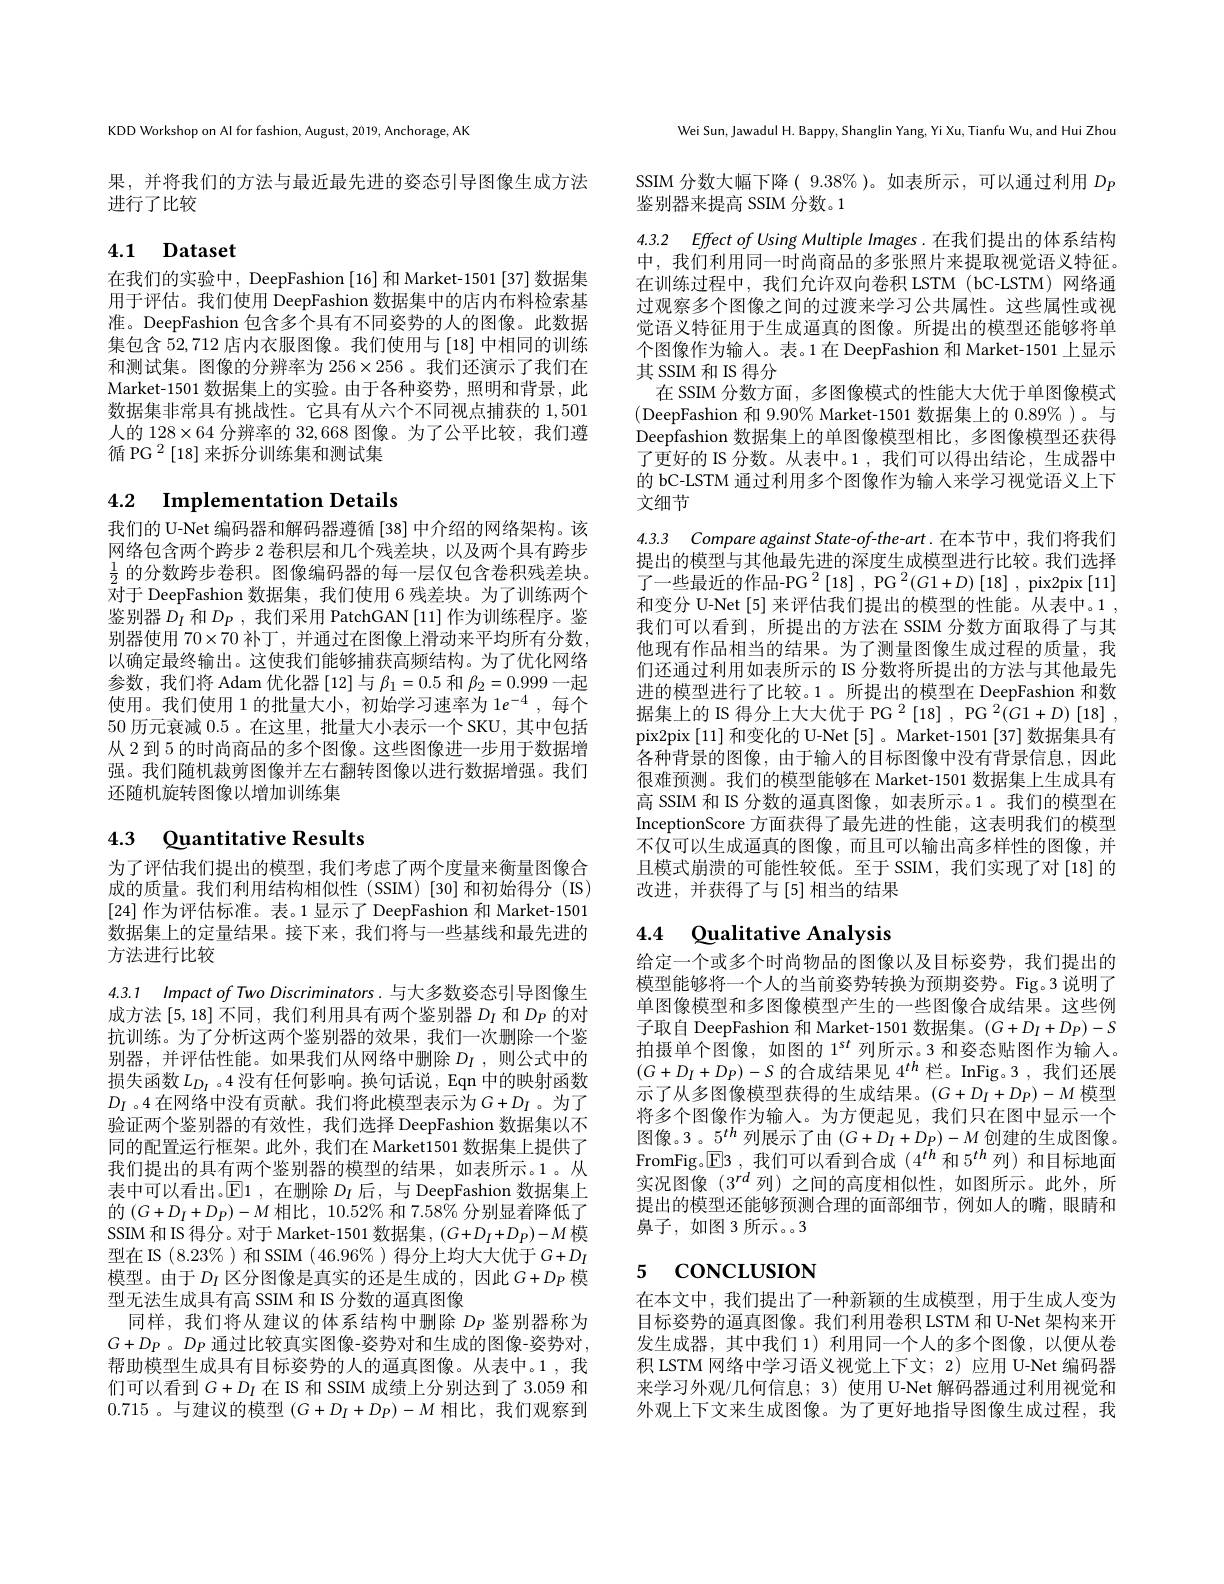
KDD Workshop on Al for fashion, August, 2019, Anchorage, AK

果，并将我们的方法与最近最先进的姿态引导图像生成方法
进行了比较

# 4.1 Dataset

在我们的实验中，DeepFashion[16] 和 Market-1501[37] 数据集用于评估。我们使用 DeepFashion 数据集中的店内布料检索基准。DeepFashion 包含多个具有不同姿势的人的图像。此数据集包含52，712店内衣服图像。我们使用与[18]中相同的训练和测试集。图像的分辨率为 256$\times256$ 。我们还演示了我们在Market-1501 数据集上的实验。由于各种姿势，照明和背景，此数据集非常具有挑战性。它具有从六个不同视点捕获的1，501人的$128\times64$分辨率的32，668图像。为了公平比较，我们遵循 PG $^{2}\left[18\right]$来拆分训练集和测试集

# 4.2 $\textbf{Implementation Details}$

我们的 U-Net 编码器和解码器遵循 [38] 中介绍的网络架构。该网络包含两个跨步 2 卷积层和几个残差块，以及两个具有跨步$\frac12$的分数跨步卷积。图像编码器的每一层仅包含卷积残差块。对于 DeepFashion 数据集，我们使用 6 残差块。为了训练两个鉴别器$D_I$和$D_P$,我们采用 PatchGAN [11] 作为训练程序。鉴别器使用$70\times70$补丁，并通过在图像上滑动来平均所有分数， 以确定最终输出。这使我们能够捕获高频结构。为了优化网络参数，我们将 Adam 优化器[12]与$\beta_1=0.5$和$\beta_2=0.999$一起使用。我们使用 1 的批量大小，初始学习速率为 1$e^- 4$ , 每 个 50历元衰减0.5 。在这里，批量大小表示一个 SKU,其中包括从 2 到 5 的时尚商品的多个图像。这些图像进一步用于数据增强。我们随机裁剪图像并左右翻转图像以进行数据增强。我们还随机旋转图像以增加训练集

# 4.3 Quantitative Results

为了评估我们提出的模型，我们考虑了两个度量来衡量图像合成的质量。我们利用结构相似性(SSIM)[30]和初始得分(IS) [24]作为评估标准。表。1 显示了 DeepFashion 和 Market-1501数据集上的定量结果。接下来，我们将与一些基线和最先进的方法进行比较

4.3.1 Impact of Two Discriminators.与大多数姿态引导图像生成方法[5,18] 不同，我们利用具有两个鉴别器$D_I$和$D_P$的对抗训练。为了分析这两个鉴别器的效果，我们一次删除一个鉴别器，并评估性能。如果我们从网络中删除 $D_I$ , 则公式中的损失函数$L_D_I$ 。4 没有任何影响。换句话说，Eqn 中的映射函数$D_I$ 。4 在网络中没有贡献。我们将此模型表示为$G+D_I$ 。为了验证两个鉴别器的有效性，我们选择 DeepFashion 数据集以不同的配置运行框架。此外，我们在 Market1501 数据集上提供了我们提出的具有两个鉴别器的模型的结果，如表所示。1。从表中可以看出。$\operatorname{E}$1,在删除$D_I$后，与 DeepFashion 数据集上的$\left(G+D_{I}+D_{P}\right)-M$相比$,10.52\%$ 和 7.58% 分别显着降低了SSIM 和 IS 得分。对于 Market-1501 数据集，$(G+D_I+D_P)-M$模型在 IS (8.23%)和 SSIM (46.96%)得分上均大大优于$G+D_I$ 模型。由于$D_I$区分图像是真实的还是生成的，因此$G+D_P$模型无法生成具有高 SSIM 和 IS 分数的逼真图像
同样，我们将从建议的体系结构中删除$D_P$鉴别器称为$G+D_P$ 。$D_P$通过比较真实图像-姿势对和生成的图像-姿势对， 帮助模型生成具有目标姿势的人的逼真图像。从表中。1 , 我们可以看到$G+D_I$在 IS 和 SSIM 成绩上分别达到了 3.059 和0.715 。与建议的模型$(G+D_I+D_P)-M$相比，我们观察到

Wei Sun, Jawadul H. Bappy, Shanglin Yang, Yi Xu, Tianfu Wu, and Hui Zhou

SSIM 分数大幅下降( 9.38% )。如表所示，可以通过利用$D_P$
鉴别器来提高 SSIM 分数。1

4.3.2 Effect of Using Multiple Images.在我们提出的体系结构中，我们利用同一时尚商品的多张照片来提取视觉语义特征。在训练过程中，我们允许双向卷积 LSTM(bC-LSTM)网络通过观察多个图像之间的过渡来学习公共属性。这些属性或视觉语义特征用于生成逼真的图像。所提出的模型还能够将单个图像作为输人。表。1 在 DeepFashion 和 Market-1501 上显示其 SSIM 和 IS 得分
在 SSIM 分数方面，多图像模式的性能大大优于单图像模式(DeepFashion 和 9.90% Market-1501 数据集上的 0.89%)。与Deepfashion 数据集上的单图像模型相比，多图像模型还获得了更好的 IS 分数。从表中。1 , 我们可以得出结论，生成器中的 bC-LSTM 通过利用多个图像作为输入来学习视觉语义上下文细节

4.3.3 Compare against State-of-the-art.在本节中，我们将我们

提出的模型与其他最先进的深度生成模型进行比较。我们选择了一些最近的作品-PG$^2\left[18\right],\mathrm{~PG}^2(G1+D)\left[18\right]$, pix2pix[11] 和变分 U-Net [5] 来评估我们提出的模型的性能。从表中。1 , 我们可以看到，所提出的方法在 SSIM 分数方面取得了与其他现有作品相当的结果。为了测量图像生成过程的质量，我们还通过利用如表所示的 IS 分数将所提出的方法与其他最先进的模型进行了比较。1 。所提出的模型在 DeepFashion 和数据集上的 IS 得分上大大优于 PG $^{2}\left[18\right],\mathrm{~PG~}^{2}(G1+D)\left[18\right]$, pix2pix [11]和变化的 U-Net [5] 。Market-1501 [37] 数据集具有各种背景的图像，由于输入的目标图像中没有背景信息，因此很难预测。我们的模型能够在 Market-1501 数据集上生成具有高 SSIM 和 IS 分数的逼真图像，如表所示。1 。我们的模型在InceptionScore 方面获得了最先进的性能，这表明我们的模型不仅可以生成逼真的图像，而且可以输出高多样性的图像，并且模式崩溃的可能性较低。至于 SSIM, 我们实现了对 [18] 的改进，并获得了与[5]相当的结果

# 4.4 $\textcircled {\mathrm{ualitative}}$ Analysis

给定一个或多个时尚物品的图像以及目标姿势，我们提出的模型能够将一个人的当前姿势转换为预期姿势。Fig。3 说明了单图像模型和多图像模型产生的一些图像合成结果。这些例子取自 DeepFashion 和 Market-1501 数据集。$(G+D_I+D_P)-S$ 拍摄单个图像，如图的 1$^{st}$列所示。3 和姿态贴图作为输人。$(G+D_I+D_P)-S$的合成结果见$4^th$栏。InFig。3,我们还展示了从多图像模型获得的生成结果。$(G+D_I+D_P)-M$模型将多个图像作为输入。为方便起见，我们只在图中显示一个图像。3 。$5^{th}$列展示了由$(G+D_I+D_P)-M$创建的生成图像。FromFig。$\boxed{\mathrm{E}}$3 ,我们可以看到合成$(4^th$和$5^{th}$列) 和目标地面实况图像$(3^{rd}$列)之间的高度相似性，如图所示。此外，所提出的模型还能够预测合理的面部细节，例如人的嘴，眼睛和鼻子，如图 3 所示。3

# 5 CONCLUSION

在本文中，我们提出了一种新颖的生成模型，用于生成人变为目标姿势的逼真图像。我们利用卷积 LSTM 和 U-Net 架构来开发生成器，其中我们 1) 利用同一个人的多个图像，以便从卷积 LSTM 网络中学习语义视觉上下文；2) 应用 U-Net 编码器来学习外观/几何信息；3) 使用 U-Net 解码器通过利用视觉和外观上下文来生成图像。为了更好地指导图像生成过程，我